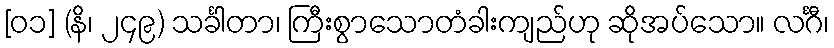
[၀၁] (နိ၊ ၂၄၉) သင်္ခါတာ၊ ကြီးစွာသောတံခါးကျည်ဟု ဆိုအပ်သော။ လင်္ဂီ၊